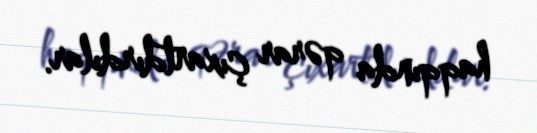
haqqında qərar çıxartdırdılar.